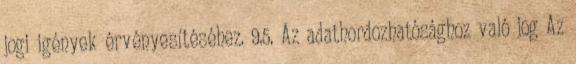
jogi igények érvényesítéséhez. 9.5. Az adathordozhatósághoz való jog Az